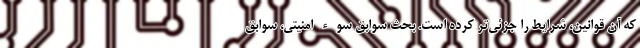
که آن قوانین، شرایط را جزئی‌تر کرده است. بحث سوابق سوء امنیتی، سوابق